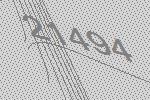
21494